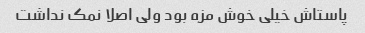
پاستاش خیلی خوش مزه بود ولی اصلا نمک نداشت